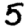
Digit: 5